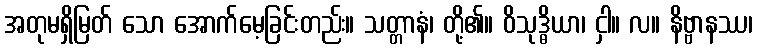
အတုမရှိမြတ် သော အောက်မေ့ခြင်းတည်း။ သတ္တာနံ၊ တို့၏။ ဝိသုဒ္ဓိယာ၊ ငှါ။ လ။ နိဗ္ဗာနဿ၊